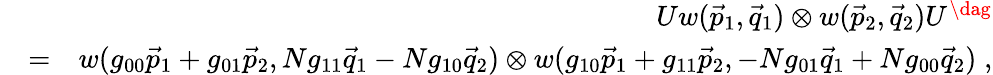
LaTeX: \begin{array}{rlr}&{}&{Uw(\vec{p}_{1},\vec{q}_{1})\otimes w(\vec{p}_{2},\vec{q}_{2})U^{\dag}}\\ &{=}&{w(g_{00}\vec{p}_{1}+g_{01}\vec{p}_{2},Ng_{11}\vec{q}_{1}-Ng_{10}\vec{q}_{2})\otimes w(g_{10}\vec{p}_{1}+g_{11}\vec{p}_{2},-Ng_{01}\vec{q}_{1}+Ng_{00}\vec{q}_{2})\; ,}\end{array}